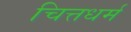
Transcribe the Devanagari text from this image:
चित्तधर्म